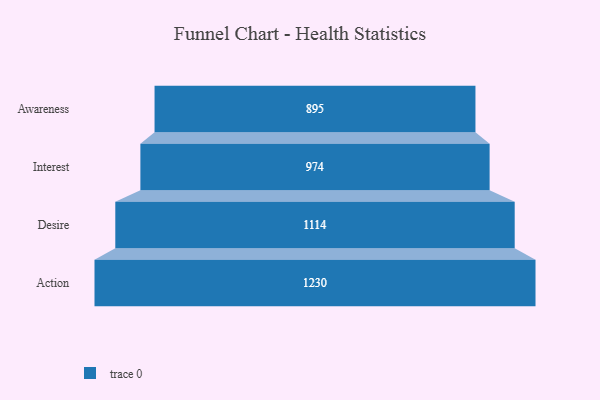
{"axis": {"x": "Stage", "y": "Value"}, "legend": [""], "data": [{"x": "Awareness", "y": 895.0, "type": ""}, {"x": "Interest", "y": 974.0, "type": ""}, {"x": "Desire", "y": 1114.0, "type": ""}, {"x": "Action", "y": 1230.0, "type": ""}]}